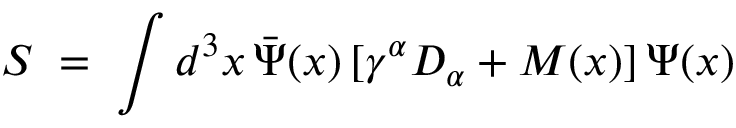
S \; = \; \int d ^ { 3 } x \, { \bar { \Psi } } ( x ) \, [ \gamma ^ { \alpha } D _ { \alpha } + M ( x ) ] \, \Psi ( x )